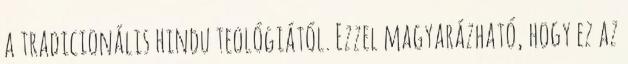
a tradicionális hindu teológiától. Ezzel magyarázható, hogy ez az